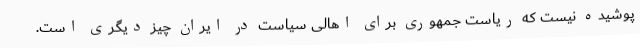
پوشیده نیست که ریاست جمهوری برای اهالی سیاست در ایران چیز دیگری است.